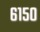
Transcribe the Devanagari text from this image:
६१५०